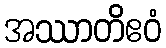
အဿာတိဧဝံ